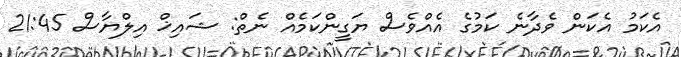
އެކަމު އެކަން ވެދާނެ ކަމުގެ އެއްވެސް ޔަގީންކަމެއް ނެތް: ޝައިޚް އިލްޔާސް 21:45